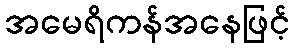
အမေရိကန်အနေဖြင့်